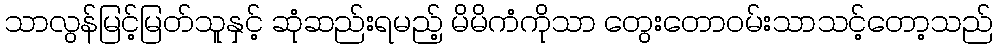
သာလွန်မြင့်မြတ်သူနှင့် ဆုံဆည်းရမည့် မိမိကံကိုသာ တွေးတောဝမ်းသာသင့်တော့သည်